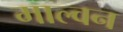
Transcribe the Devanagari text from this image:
माल्वन